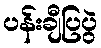
ပန်းချီပြပွဲ